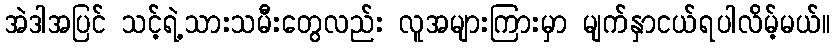
အဲဒါအပြင် သင့်ရဲ့သားသမီးတွေလည်း လူအများကြားမှာ မျက်နှာငယ်ရပါလိမ့်မယ်။